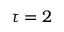
\tau = 2